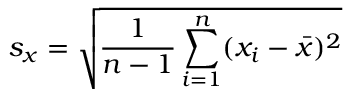
s _ { x } = { \sqrt { { \frac { 1 } { n - 1 } } \sum _ { i = 1 } ^ { n } ( x _ { i } - { \bar { x } } ) ^ { 2 } } }